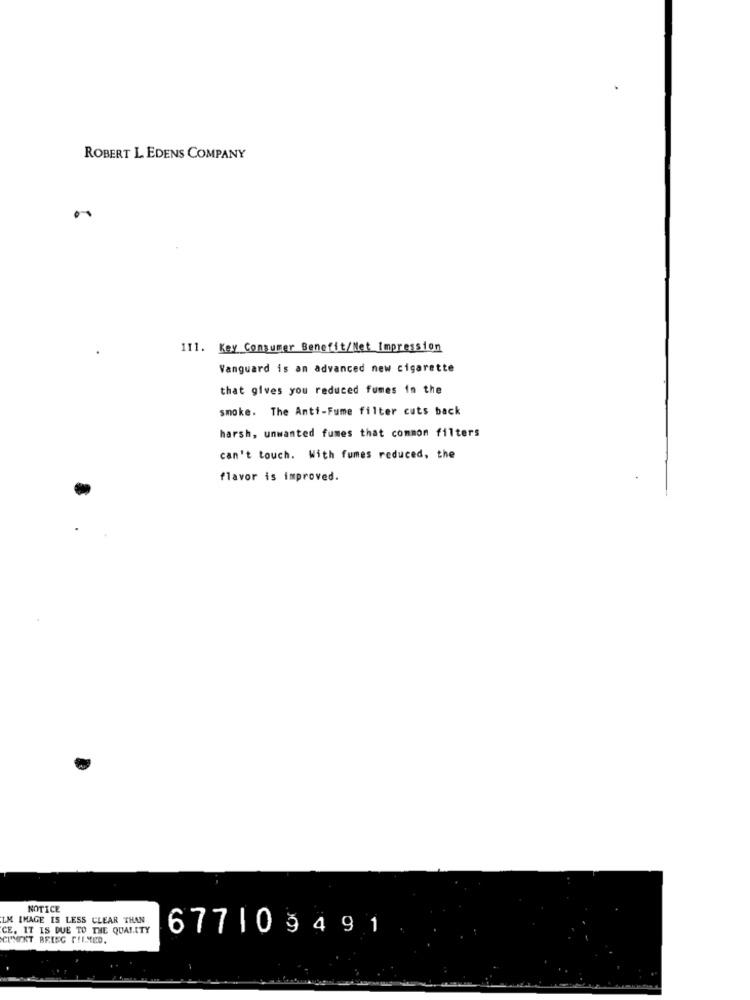
ROBERT L. EDENS COMPANY
111. Kay Consumer Benefit/Net Impression
Vanguard is an advanced new cigarette
that gives you reduced fumes in the
smoke. The Anti-Fume filter cuts back
harsh, unwanted fumes that common filters
can't touch. With fumes reduced, the
flavor is improved.
NOTICE
LM IMAGE IS LESS CLEAR THAN
CE. IT IS DUE TO THE QUALITY
677109491
CUTNEKT BEING CILMED.